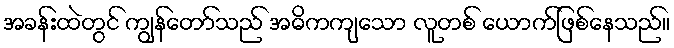
အခန်းထဲတွင် ကျွန်တော်သည် အဓိကကျသော လူတစ် ယောက်ဖြစ်နေသည်။